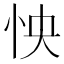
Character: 怏